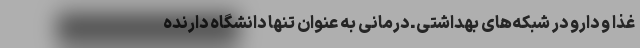
غذا و دارو در شبکه‌های بهداشتی ـ درمانی به عنوان تنها دانشگاه دارنده